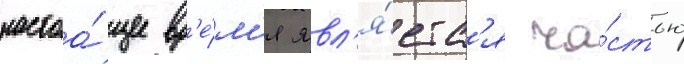
настоа́щее вр'е́м'я явл'я́етс'я ча́стью